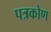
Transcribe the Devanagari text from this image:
पत्रकोण